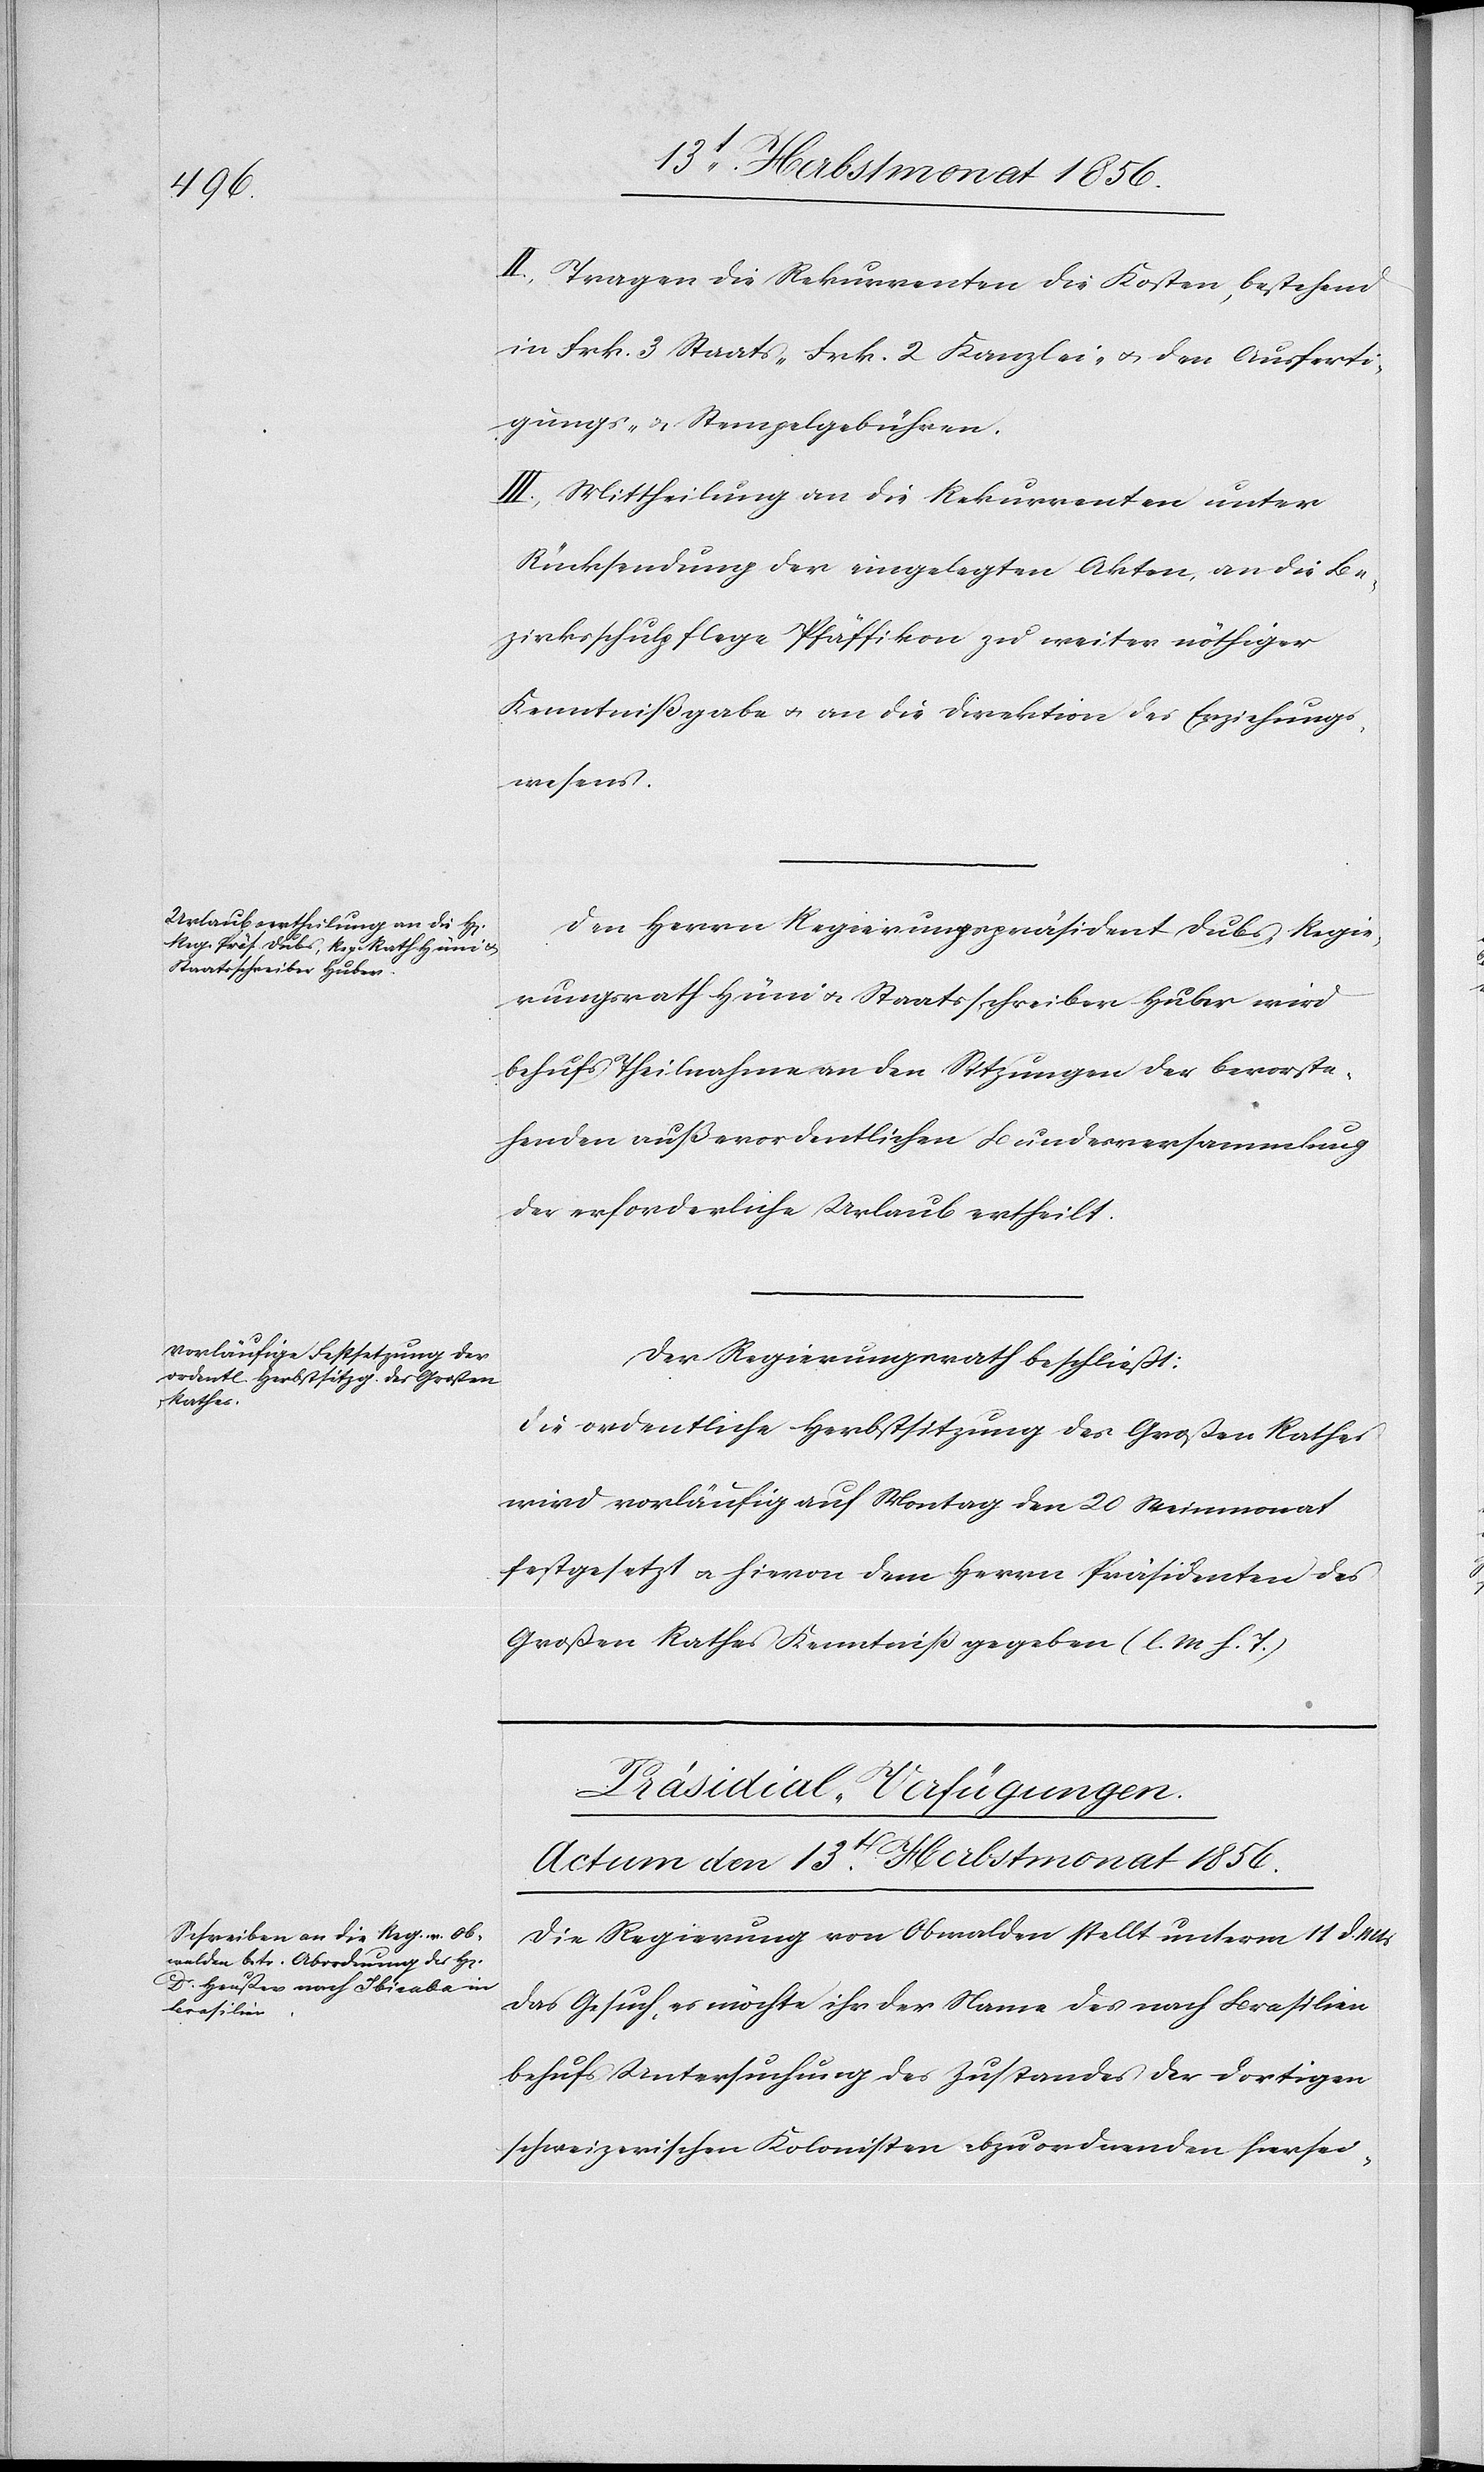
II.) Tragen die Rekurrenten die Kosten, bestehend
in Frk. 3 Staats-[,] Frk. 2 Kanzlei- u. den Ausferti¬
gungs- u. Stempelgebühren.
III.) Mittheilung an die Rekurrenten unter
Rücksendung der eingelegten Akten, an die Be¬
zirksschulpflege Pfäffikon zu weiter nöthiger
Kenntnißgabe u. an die Direktion des Erziehungs¬
wesens.
Den Herrn Regierungspräsident Dubs, Regie¬
rungsrath Hüni u. Staatsschreiber Huber wird
behufs Theilnahme an den Sitzungen der bevorste¬
henden außerordentlichen Bundesversammlung
der erforderliche Urlaub ertheilt.
Der Regierungsrath beschließt:
Die ordentliche Herbstsitzung des Großen Rathes
wird vorläufig auf Montag den 20 Weinmonat
festgesetzt u. hievon dem Herrn Präsidenten des
Großen Rathes Kenntniß gegeben. (l. M h. T.)
Präsidial-Verfügungen.
Actum den 13t Herbstmonat 1856.
Die Regierung von Obwalden stellt unterm 11 d. Mts
das Gesuch, es möchte ihr der Name des nach Brasilien
behufs Untersuchung des Zustandes der dortigen
schweizerischen Kolonisten abzuordnenden hiersei-